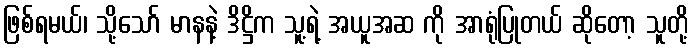
ဖြစ်ရမယ်၊ သို့သော် မာနနဲ့ ဒိဋ္ဌိက သူ့ရဲ့ အယူအဆ ကို အာရုံပြုတယ် ဆိုတော့ သူတို့